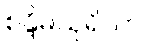
စန္ဒိမသုရိယာ